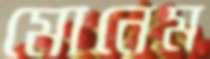
মোনেম